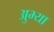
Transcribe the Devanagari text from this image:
अुभ्या